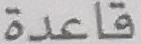
قاعدة